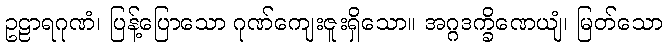
ဥဠာရဂုဏံ၊ ပြန့်ပြောသော ဂုဏ်ကျေးဇူးရှိသော။ အဂ္ဂဒက္ခိဏေယျံ၊ မြတ်သော